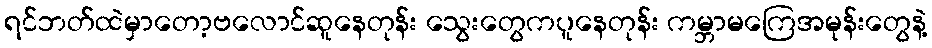
ရင်ဘတ်ထဲမှာတော့ဗလောင်ဆူနေတုန်း သွေးတွေကပူနေတုန်း ကမ္ဘာမကြေအမုန်းတွေနဲ့